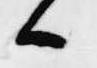
候